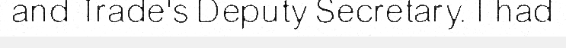
and Trade's Deputy Secretary. I had